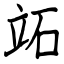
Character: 䇉